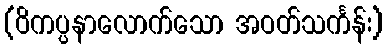
(ဝိကပ္ပနာလောက်သော အဝတ်သင်္ကန်း)